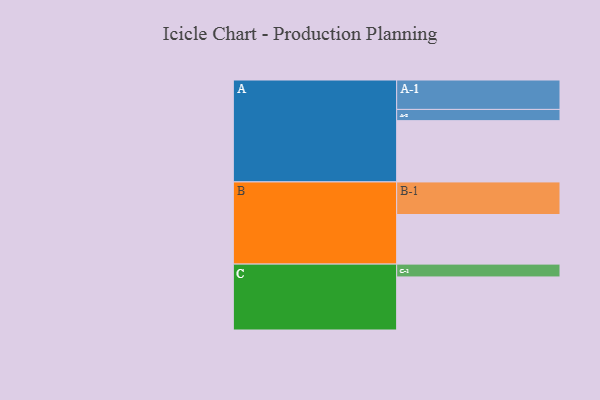
{"axis": {"x": "Segment", "y": "Value"}, "legend": ["", "A", "B", "C"], "data": [{"x": "A", "y": 425, "type": ""}, {"x": "B", "y": 344, "type": ""}, {"x": "C", "y": 368, "type": ""}, {"x": "A-1", "y": 204, "type": "A"}, {"x": "A-2", "y": 78, "type": "A"}, {"x": "B-1", "y": 226, "type": "B"}, {"x": "C-1", "y": 89, "type": "C"}]}